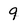
Character: 9